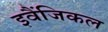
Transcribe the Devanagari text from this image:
इवैंजिकल